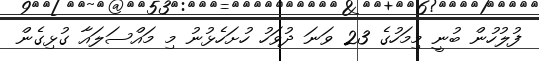
ފުލުހުން ބުނީ މިމަހުގެ 23 ވަނަ ދުވަހު ހުށަހެޅުނު މި މައްސަލައާ ގުޅިގެން